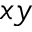
x y